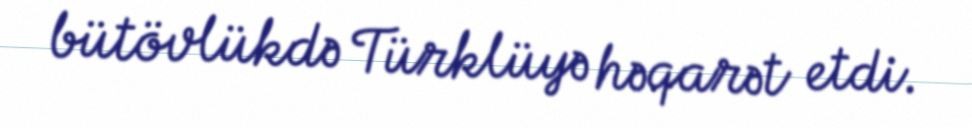
bütövlükdə Türklüyə həqarət etdi.